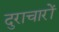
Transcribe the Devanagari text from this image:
दुराचारों